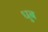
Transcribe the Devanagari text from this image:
धुब